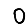
Digit: 0